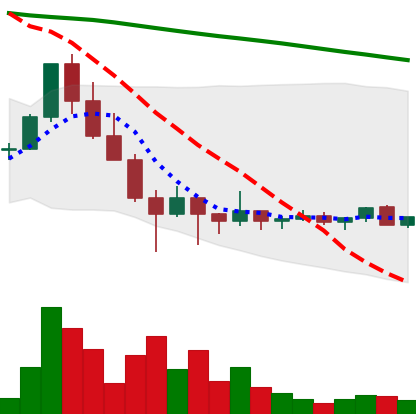
Ticker: ADA-USD
Chart end date: 2022-02-03
Forward return: 11.574%
Label: up_7plus